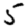
Digit: 5